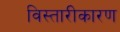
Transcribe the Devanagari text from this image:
विस्तारीकारण